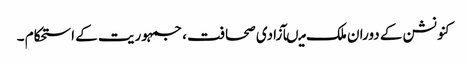
کنونشن کے دوران ملک میںآزادی صحافت ، جمہوریت کے استحکام ۔